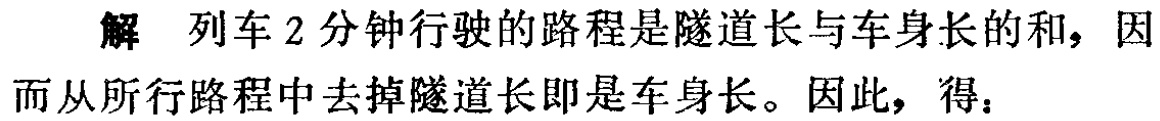
解 列车2分钟行驶的路程是隧道长与车身长的和，因而从所行路程中去掉隧道长即是车身长。因此，得：